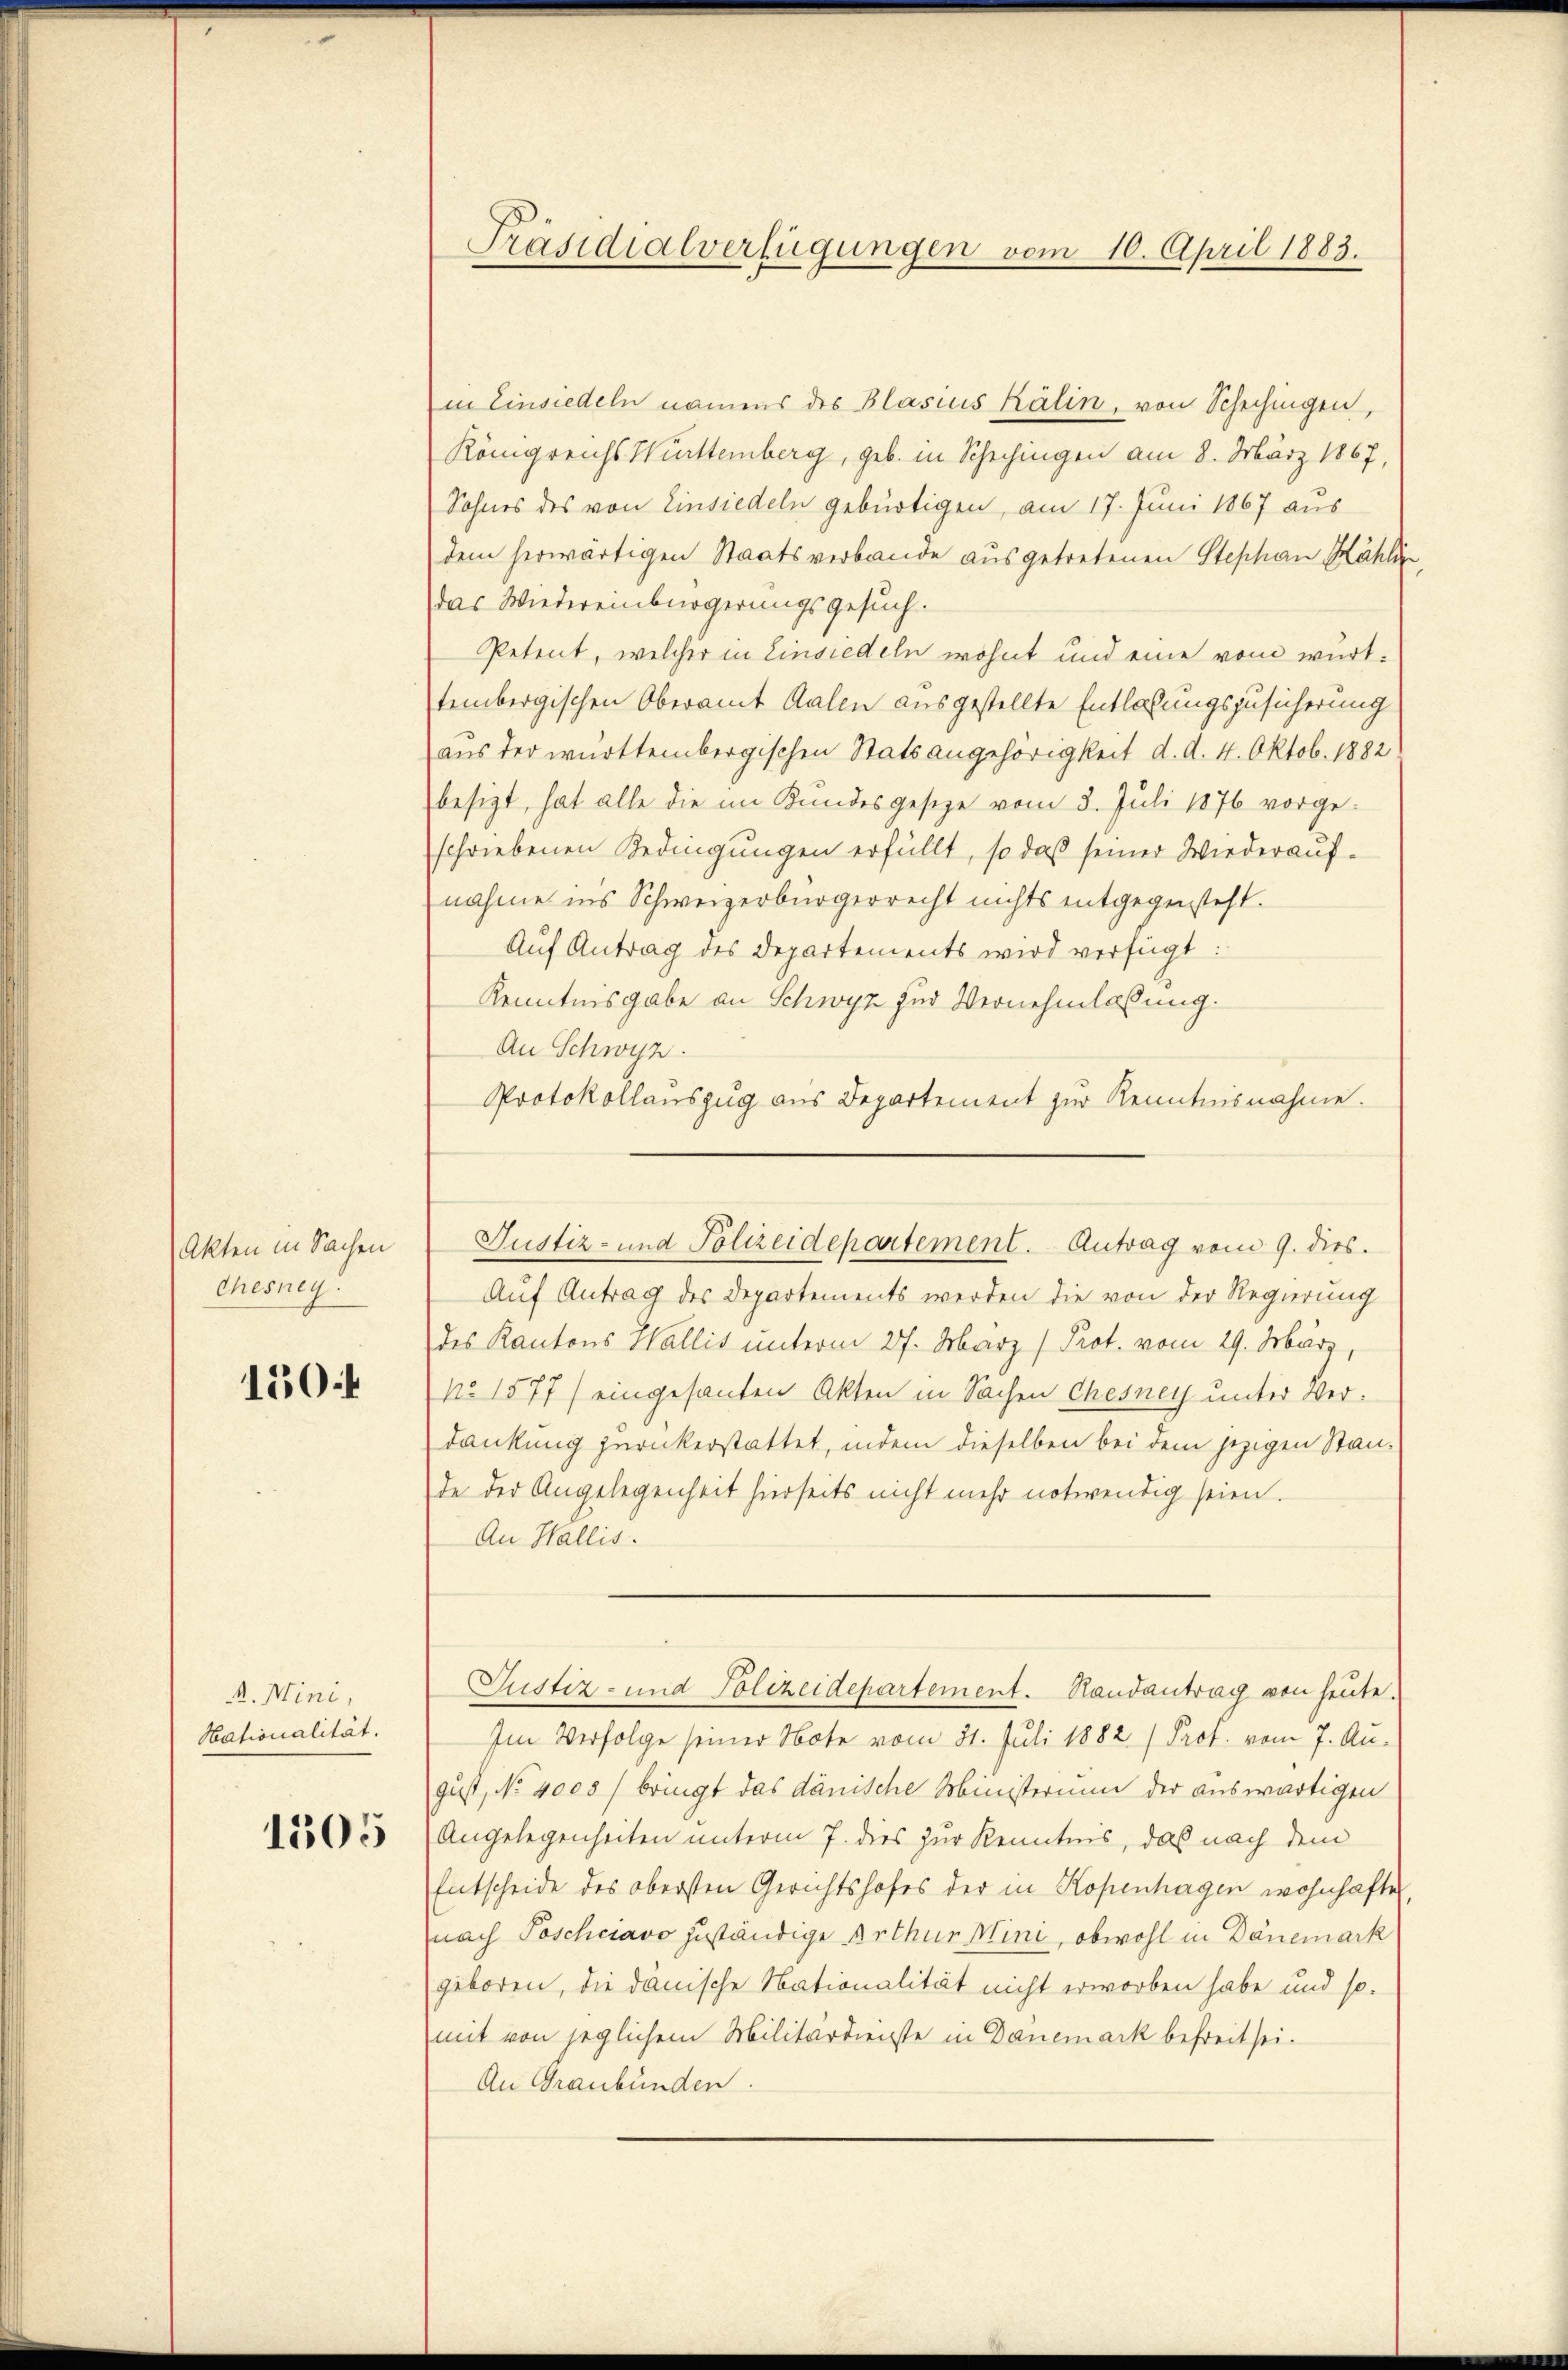
Akten in Sachen
Chesneg.

150.

A. Mini,
Hationalität.

1505

Präsidialverfügungen vom 10. April 1883.

in Einsiedeln namens des Blasius Kälin, von Schechingen,
Königreichs Württemberg, geb. in Schechingen am 8. März 1867,
Sohnes des von Einsiedeln gebürtigen, am 17. Juni 1867 aus
dem herwärtigen Staatsverbande ausgetretenen Stephan Kähli
das Wiedereinbürgerungsgesuch.
Petent, welcher in Einsiedeln wohnt und eine vom württembergischen Oberamt Kalen ausgestellte Entlassungszusicherung
aus der württembergischen Statsangehörigkeit d. d. 4. Oktob. 1882
besizt, hat alle die im Kundesgesetze vom 3. Juli 1876 vorgeschriebenen Bedingungen erfüllt, so daß seiner Wiederaufnahme ins Schweizerbürgerrecht nichts entgegensteht.
Auf Antrag des Departements wird verfügt
Kenntnisgabe an Schwyz zur Vernehmlassung.
An Schwyz.
Protokollauszug aus Departement zur Kenntnisnahme.
Auf Antrag des Departements werden die von der Regierung
des Kantons Wallis unterm 27. März (Prot. vom 29. März,
No 1577) eingesanten Akten in Sachen Chesney unter Verdankung zurückerstattet, indem dieselben bei dem jezigen Stande der Angelegenheit hierseits nicht mehr notwendig seien.
An Wallis.
Justiz- und Polizeidepartement. Randantrag von heute.
Im Verfolge seiner Note vom 31. Juli 1882 (Prof. vom 7. August, No 4000 f bringt das dänische Ministerium der auswärtigen
Angelegenheiten unterm 7. dies zur Kenntnis, das nach dem
Entscheide des obersten Gerichtshofes der in Kopenhagen wohnhafte
nach Poschciavo zuständige Arthur Mini, obwohl in Dänemark
geboren, die danische Nationalität nicht erworben habe und somit von jeglichem Militärdienste in Danemark befreit sei.
An Graubünden.

Justiz- und Polizeidepartement. Antrag vom 9. dies